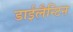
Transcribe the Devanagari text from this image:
डाईलैन्टिन